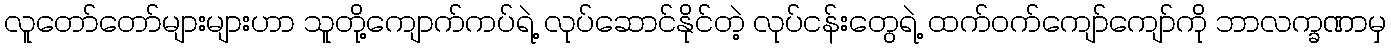
လူတော်တော်များများဟာ သူတို့ကျောက်ကပ်ရဲ့ လုပ်ဆောင်နိုင်တဲ့ လုပ်ငန်းတွေရဲ့ ထက်ဝက်ကျော်ကျော်ကို ဘာလက္ခဏာမှ